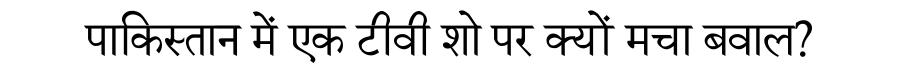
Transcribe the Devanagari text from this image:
पाकिस्तान में एक टीवी शो पर क्यों मचा बवाल?